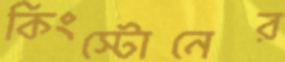
কিংস্টোনের